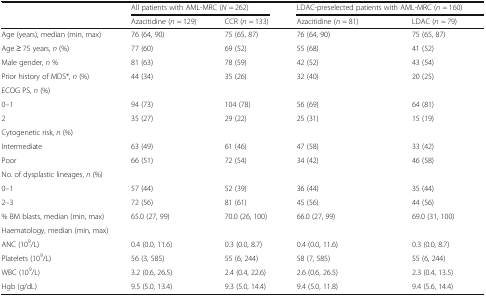
<table><thead><tr><td></td><td colspan="2"><b>All patients with AML-MRC (<i>N</i> = 262)</b></td><td colspan="2"><b>LDAC-preselected patients with AML-MRC (<i>n</i> = 160)</b></td></tr><tr><td></td><td><b>Azacitidine (<i>n</i> = 129)</b></td><td><b>CCR (<i>n</i> = 133)</b></td><td><b>Azacitidine (<i>n</i> = 81)</b></td><td><b>LDAC (<i>n</i> = 79)</b></td></tr></thead><tbody><tr><td>Age (years), median (min, max)</td><td>76 (64, 90)</td><td>75 (65, 87)</td><td>76 (64, 90)</td><td>75 (65, 87)</td></tr><tr><td>Age ≥ 75 years, <i>n</i> (%)</td><td>77 (60)</td><td>69 (52)</td><td>55 (68)</td><td>41 (52)</td></tr><tr><td>Male gender, <i>n</i> %</td><td>81 (63)</td><td>78 (59)</td><td>42 (52)</td><td>43 (54)</td></tr><tr><td>Prior history of MDS*, <i>n</i> (%)</td><td>44 (34)</td><td>35 (26)</td><td>32 (40)</td><td>20 (25)</td></tr><tr><td colspan="5">ECOG PS, <i>n</i> (%)</td></tr><tr><td>0–1</td><td>94 (73)</td><td>104 (78)</td><td>56 (69)</td><td>64 (81)</td></tr><tr><td>2</td><td>35 (27)</td><td>29 (22)</td><td>25 (31)</td><td>15 (19)</td></tr><tr><td colspan="5">Cytogenetic risk, <i>n</i> (%)</td></tr><tr><td>Intermediate</td><td>63 (49)</td><td>61 (46)</td><td>47 (58)</td><td>33 (42)</td></tr><tr><td>Poor</td><td>66 (51)</td><td>72 (54)</td><td>34 (42)</td><td>46 (58)</td></tr><tr><td colspan="5">No. of dysplastic lineages, <i>n</i> (%)</td></tr><tr><td>0–1</td><td>57 (44)</td><td>52 (39)</td><td>36 (44)</td><td>35 (44)</td></tr><tr><td>2–3</td><td>72 (56)</td><td>81 (61)</td><td>45 (56)</td><td>44 (56)</td></tr><tr><td>% BM blasts, median (min, max)</td><td>65.0 (27, 99)</td><td>70.0 (26, 100)</td><td>66.0 (27, 99)</td><td>69.0 (31, 100)</td></tr><tr><td colspan="5">Haematology, median (min, max)</td></tr><tr><td>ANC (10<sup>9</sup>/L)</td><td>0.4 (0.0, 11.6)</td><td>0.3 (0.0, 8.7)</td><td>0.4 (0.0, 11.6)</td><td>0.3 (0.0, 8.7)</td></tr><tr><td>Platelets (10<sup>9</sup>/L)</td><td>56 (3, 585)</td><td>55 (6, 244)</td><td>58 (7, 585)</td><td>55 (6, 244)</td></tr><tr><td>WBC (10<sup>9</sup>/L)</td><td>3.2 (0.6, 26.5)</td><td>2.4 (0.4, 22.6)</td><td>2.6 (0.6, 26.5)</td><td>2.3 (0.4, 13.5)</td></tr><tr><td>Hgb (g/dL)</td><td>9.5 (5.0, 13.4)</td><td>9.3 (5.0, 14.4)</td><td>9.4 (5.0, 11.8)</td><td>9.4 (5.6, 14.4)</td></tr></tbody></table>